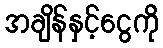
အချိန်နှင့်ငွေကို